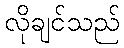
လိုချင်သည်